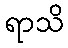
ရာသိ